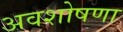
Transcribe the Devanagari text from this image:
अवशोषणा